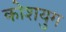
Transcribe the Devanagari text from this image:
कोशयुग